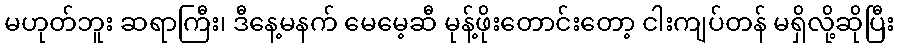
မဟုတ်ဘူး ဆရာကြီး၊ ဒီနေ့မနက် မေမေ့ဆီ မုန့်ဖိုးတောင်းတော့ ငါးကျပ်တန် မရှိလို့ဆိုပြီး